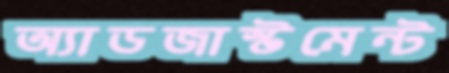
অ্যাডজাস্টমেন্ট